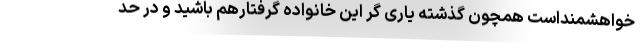
خواهشمنداست همچون گذشته یاری گر این خانواده گرفتارهم باشید و در حد